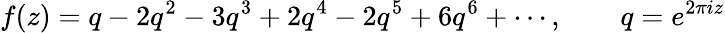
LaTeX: f(z)=q-2q^{2}-3q^{3}+2q^{4}-2q^{5}+6q^{6}+\cdots,\qquad q=e^{2\pi iz}